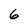
Character: 6